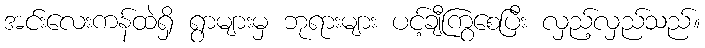
အင်းလေးကန်ထဲရှိ ရွာများမှ ဘုရားများ ပင့်ချီကြွစေပြီး လှည့်လှည်သည်။